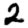
Digit: 2